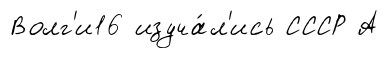
Волг'и16 изуча́л'ись СССР А